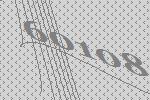
60108